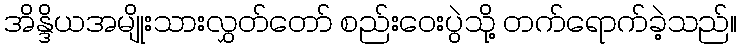
အိန္ဒိယအမျိုးသားလွှတ်တော် စည်းဝေးပွဲသို့ တက်ရောက်ခဲ့သည်။